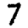
Digit: 7